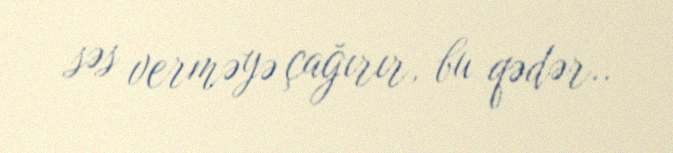
səs verməyə çağırır, bu qədər..